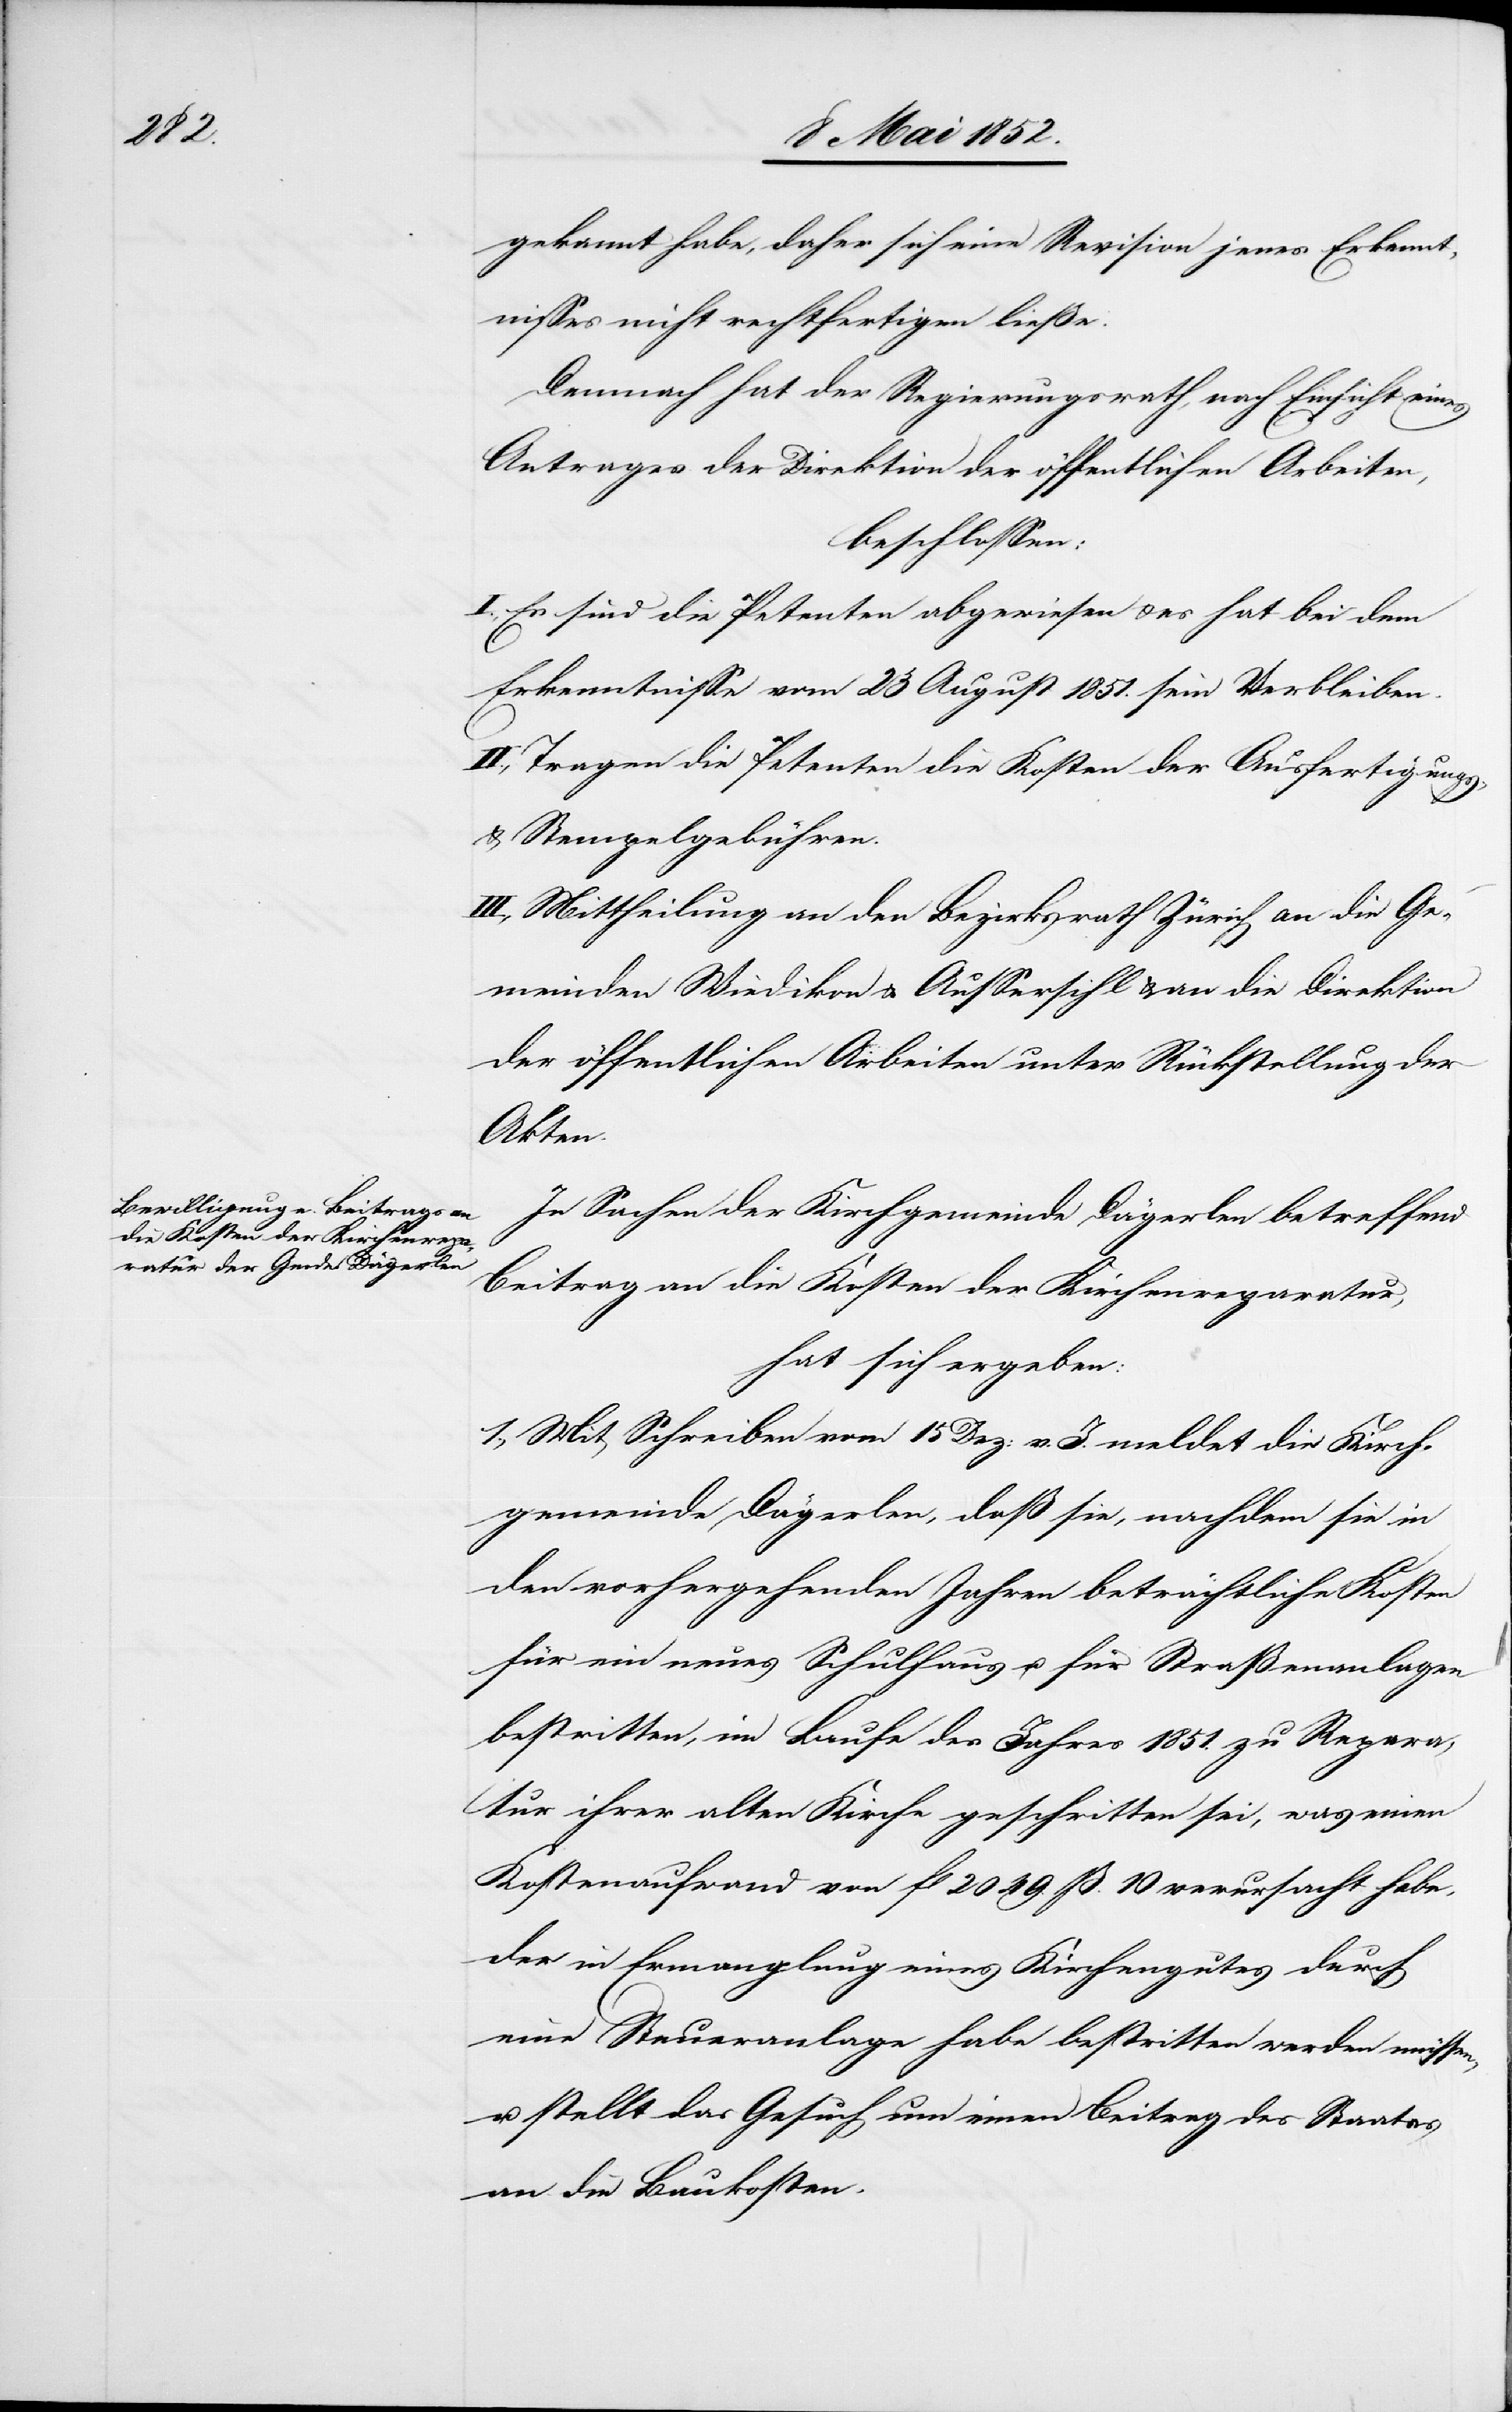
gekannt habe, daher sich eine Revision jenes Erkennt¬
nisses nicht rechtfertigen ließe.
Demnach hat der Regierungsrath, nach Einsicht eines
Antrages der Direktion der öffentlichen Arbeiten,
beschlossen:
I., Es sind die Petenten abgewiesen & es hat bei dem
Erkenntnisse vom 23 August 1851. sein Verbleiben.
II., Tragen die Petenten die Kosten der Ausfertigungs-
& Stempelgebühren.
III., Mittheilung an den Bezirksrath Zürich[,] an die Ge¬
meinden Wiedikon & Aussersihl & an die Direktion
der öffentlichen Arbeiten unter Rückstellung der
Akten.
In Sachen der Kirchgemeinde Dägerlen betreffend
Beitrag an die Kosten der Kirchenreparatur,
hat sich ergeben:
1., Mit Schreiben vom 15 Dez: v. J. meldet die Kirch¬
gemeinde Dägerlen, daß sie, nachdem sie in
den vorhergehenden Jahren beträchtliche Kosten
für ein neues Schulhaus u. für Straßenanlagen
bestritten, im Laufe des Jahres 1851. zu Repara¬
tur ihrer alten Kirche geschritten sei, was einen
Kostenaufwand von fl 2049. ß. 10 verursacht habe,
der in Ermanglung eines Kirchengutes durch
eine Steueranlage habe bestritten werden müssen,
u. stellt das Gesuch um einen Beitrag des Staates
an die Baukosten.